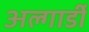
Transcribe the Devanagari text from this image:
अल्गार्डी